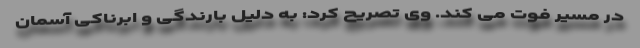
در مسیر فوت می کند. وی تصریح کرد: به دلیل بارندگی و ابرناکی آسمان